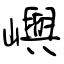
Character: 嶼